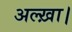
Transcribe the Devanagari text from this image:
अल्ख़ा।